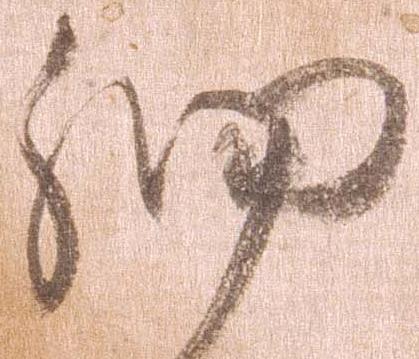
細